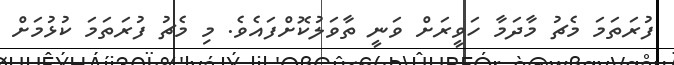
ފުރަތަމަ މެޗު މާދަމާ ހަވީރަށް ވަނީ ތާވަލުކޮށްފައެވެ. މި މެޗު ފުރަތަމަ ކުޅުމަށް